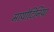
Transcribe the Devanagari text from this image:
मायोटिनिया